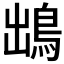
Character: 𩿩